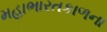
મહાભારતકાળના